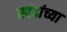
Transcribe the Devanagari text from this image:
स्पंदांच्या